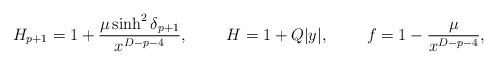
LaTeX: \begin{align*}H_{p+1}=1+{{\mu\sinh^2\delta_{p+1}}\over{x^{D-p-4}}},\ \ \ \ \ \ \ H=1+Q|y|,\ \ \ \ \ \ \ f=1-{{\mu}\over{x^{D-p-4}}},\end{align*}